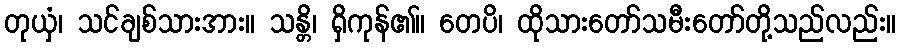
တုယှံ၊ သင်ချစ်သားအား။ သန္တိ၊ ရှိကုန်၏။ တေပိ၊ ထိုသားတော်သမီးတော်တို့သည်လည်း။